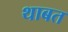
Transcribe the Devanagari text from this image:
थाबत